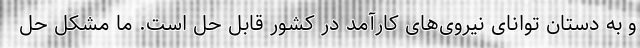
و به دستان توانای نیروی‌های کارآمد در کشور قابل حل است. ما مشکل حل